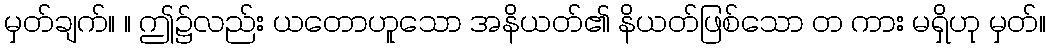
မှတ်ချက်။ ။ ဤ၌လည်း ယတောဟူသော အနိယတ်၏ နိယတ်ဖြစ်သော တ ကား မရှိဟု မှတ်။